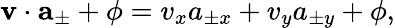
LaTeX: \mathbf{v}\cdot\mathbf{a}_{\pm}+\phi=v_{x}a_{\pm x}+v_{y}a_{\pm y}+\phi,